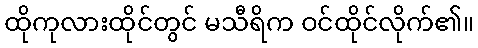
ထိုကုလားထိုင်တွင် မသီရိက ဝင်ထိုင်လိုက်၏။